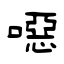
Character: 噁